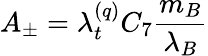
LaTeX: A_{\pm}=\lambda_{t}^{(q)}C_{7}\frac{m_{B}}{\lambda_{B}}